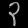
Digit: ၃